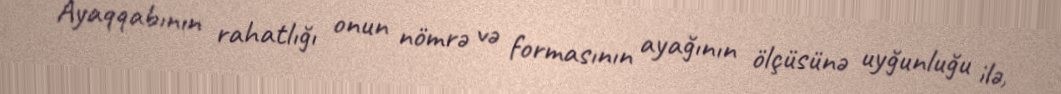
Ayaqqabının rahatlığı onun nömrə və formasının ayağının ölçüsünə uyğunluğu ilə,